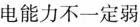
电能力不一定弱